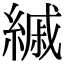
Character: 縬